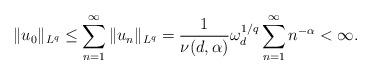
LaTeX: \begin{align*}\|u_{0}\|_{L^{q}}\leq \sum_{n=1}^{\infty}\|u_{n}\|_{L^{q}}=\frac{1}{\nu(d,\alpha)}\omega_{d}^{1/q}\sum_{n=1}^{\infty}n^{-\alpha}<\infty.\end{align*}